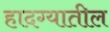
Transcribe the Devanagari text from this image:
हादग्यातील